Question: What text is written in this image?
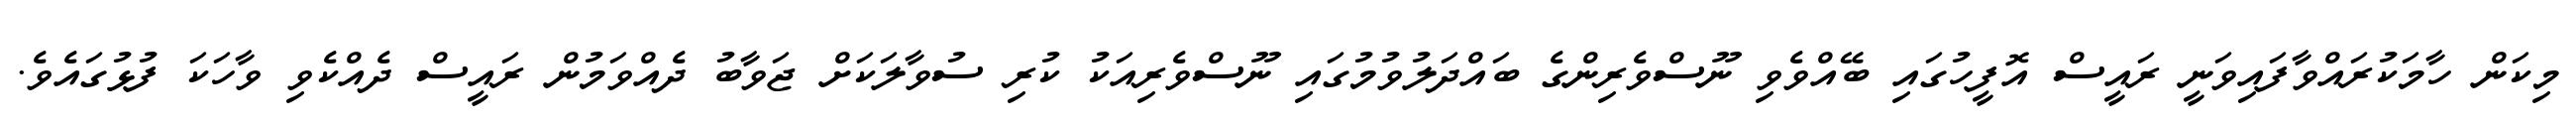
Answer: މިކަން ހާމަކުރައްވާފައިވަނީ ރައީސް އޮފީހުގައި ބޭއްވެވި ނޫސްވެރިންގެ ބައްދަލުވުމުގައި ނޫސްވެރިއަކު ކުރި ސުވާލަކަށް ޖަވާބު ދެއްވަމުން ރައީސް ދެއްކެވި ވާހަކަ ފުޅުގައެވެ.